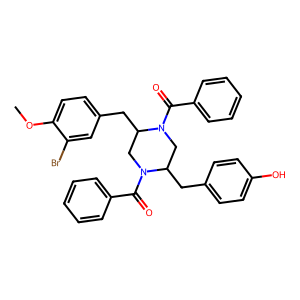
SMILES: COc1ccc(CC2CN(C(=O)c3ccccc3)C(Cc3ccc(O)cc3)CN2C(=O)c2ccccc2)cc1Br
Inhibits HIV replication: No